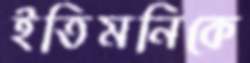
ইতিমনিকে